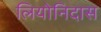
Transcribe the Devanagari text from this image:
लियोनिदास